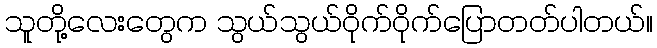
သူတို့လေးတွေက သွယ်သွယ်ဝိုက်ဝိုက်ပြောတတ်ပါတယ်။